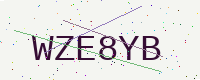
Text: WZE8YB